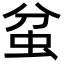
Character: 蚠